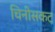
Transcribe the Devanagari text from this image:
चिनीसकट